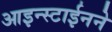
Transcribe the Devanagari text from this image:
आइन्स्टाईनने